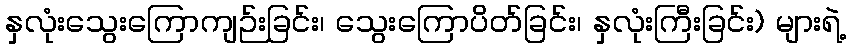
နှလုံးသွေးကြောကျဉ်းခြင်း၊ သွေးကြောပိတ်ခြင်း၊ နှလုံးကြီးခြင်း) များရဲ့